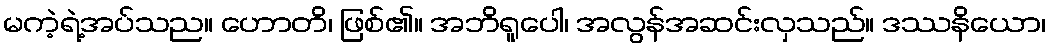
မကဲ့ရဲ့အပ်သည။ ဟောတိ၊ ဖြစ်၏။ အဘိရူပေါ၊ အလွန်အဆင်းလှသည်။ ဒဿနိယော၊